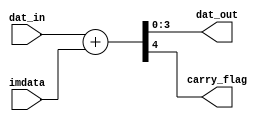
module alu(dat_in, imdata, dat_out, carry_flag);
    input [3:0] dat_in;
    input [3:0] imdata;
    output [3:0] dat_out;
    output carry_flag;

    wire [4:0] result;
    assign  result = dat_in + imdata;
    assign dat_out = result[3:0];
    assign carry_flag = result[4];

endmodule